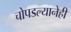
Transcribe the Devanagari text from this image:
चोपडल्यानेही